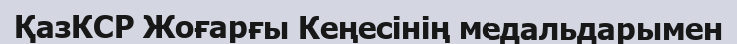
ҚазКСР Жоғарғы Кеңесінің медальдарымен